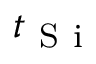
t _ { \mathrm { ~ S ~ i ~ } }